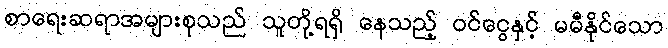
စာရေးဆရာအများစုသည် သူတို့ရရှိ နေသည့် ဝင်ငွေနှင့် မမီနိုင်သော